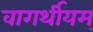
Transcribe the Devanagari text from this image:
वागर्थीयम्